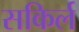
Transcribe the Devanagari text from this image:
सकिर्ल